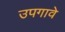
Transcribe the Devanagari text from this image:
उपगावे